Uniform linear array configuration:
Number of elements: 12
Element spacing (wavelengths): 0.75
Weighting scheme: binomial
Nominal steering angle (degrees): -60
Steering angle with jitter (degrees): -61.85
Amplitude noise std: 0.05
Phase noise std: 0.05

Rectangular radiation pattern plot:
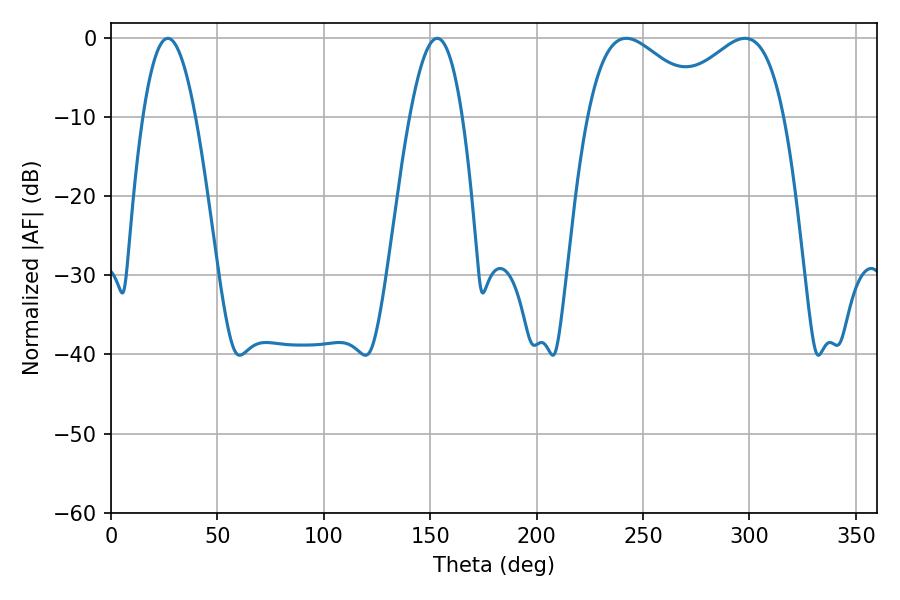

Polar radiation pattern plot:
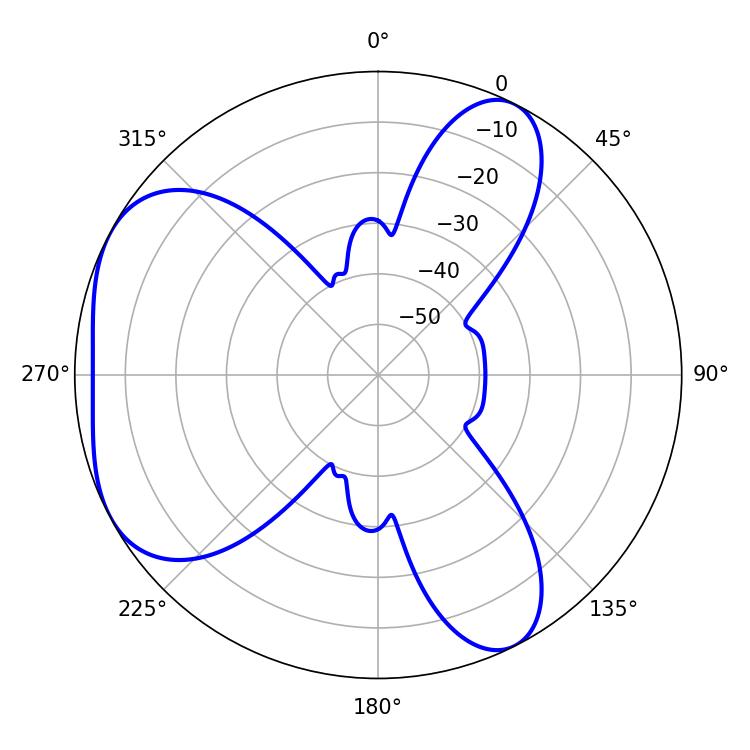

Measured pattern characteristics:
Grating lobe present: TRUE
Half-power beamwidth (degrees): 30.78
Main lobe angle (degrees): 242.1